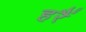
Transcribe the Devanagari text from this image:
हरैं